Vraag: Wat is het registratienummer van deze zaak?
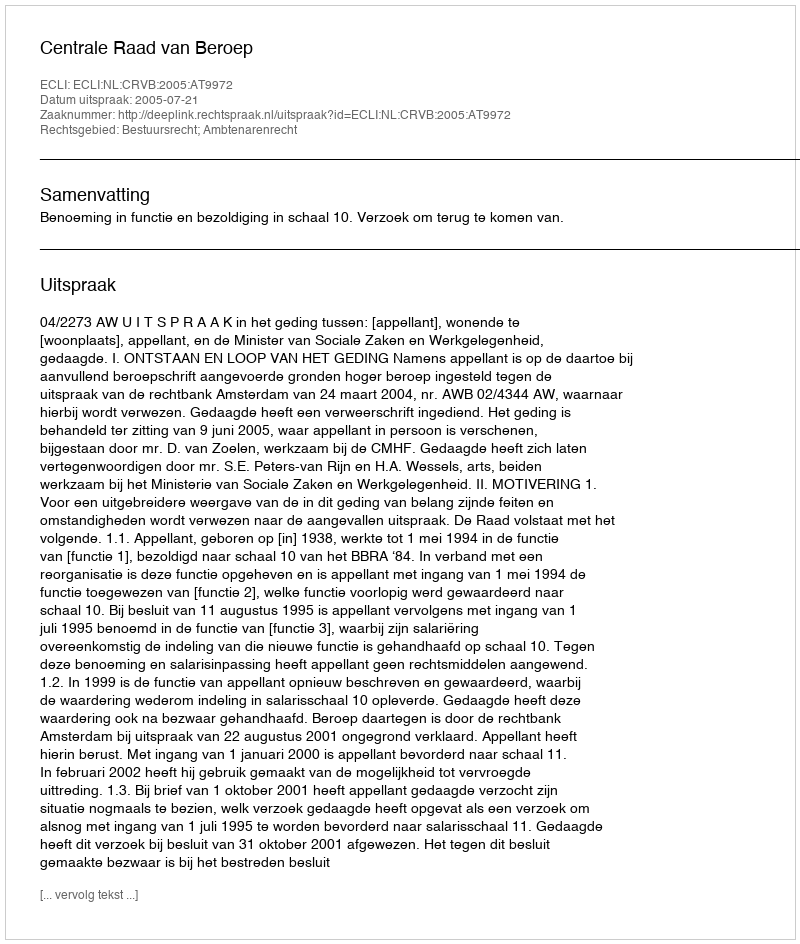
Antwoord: http://deeplink.rechtspraak.nl/uitspraak?id=ECLI:NL:CRVB:2005:AT9972